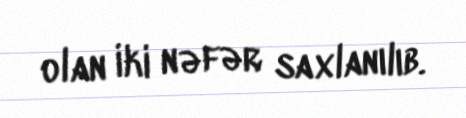
olan iki nəfər saxlanılıb.